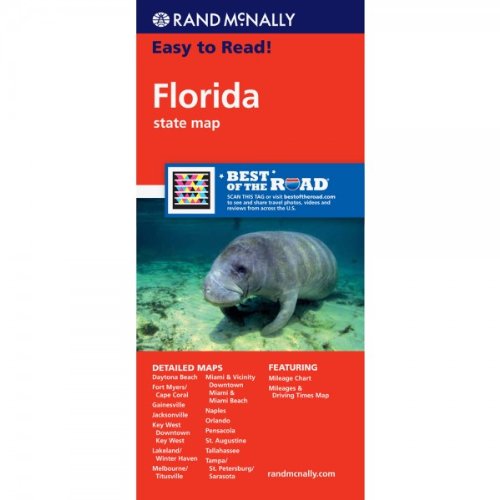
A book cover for Rand McNally Easy To Read: Florida State Map; Rand McNally; Reference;